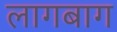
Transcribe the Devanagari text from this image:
लागबाग